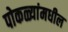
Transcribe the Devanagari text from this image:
पोकळ्यांमधील